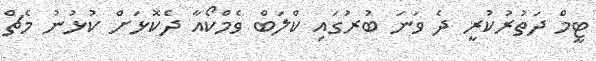
ޓީމް ދަތުރުކުރީ ދެ ވަނަ ބުރުގައި ކްލަބް ވެމްކޯއާ ދެކޮޅަށް ކުޅުނު މެޗް